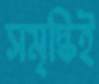
সমৃদ্ধিই